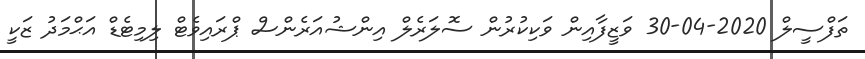
ތަފްސީލް 2020-04-30 ވަޒީފާއިން ވަކިކުރުން ސޮލަރެލް އިންޝުއަރެންސް ޕްރައިވެޓް ލިމިޓެޑް އަޙްމަދު ޒަކީ